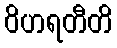
ဝိဟရတီတိ